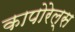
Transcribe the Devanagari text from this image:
कापोरेल्स